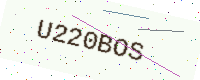
Text: U220BOS